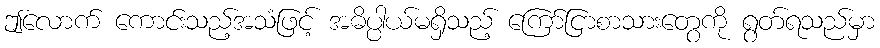
ဤလောက် ကောင်းသည့်အသံဖြင့် အဓိပ္ပါယ်မရှိသည့် ကြော်ငြာစာသားတွေကို ရွတ်ရသည်မှာ